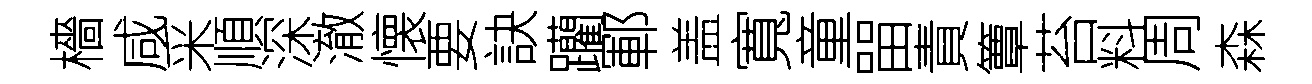
檣咸采順深澈懐要訣躪鄆盖寬童㽞責簟苔料周森